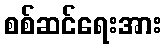
စစ်ဆင်ရေးအား